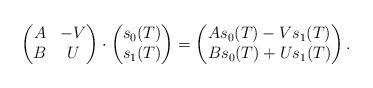
LaTeX: \begin{align*}\begin{pmatrix}A & -V\\ B & U\end{pmatrix} \cdot \begin{pmatrix} s_0(T) \\ s_1(T)\end{pmatrix} = \begin{pmatrix}A s_0(T) -V s_1(T) \\ B s_0(T) + Us_1(T) \end{pmatrix}.\end{align*}